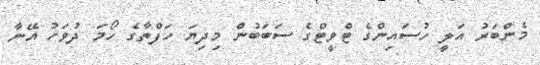
މެންބަރު އަލީ ހުސައިންގެ ޓްވީޓްގެ ސަބަބުން މިދިޔަ ހަފްތާގެ ހޯމަ ދުވަހު އޭނާ